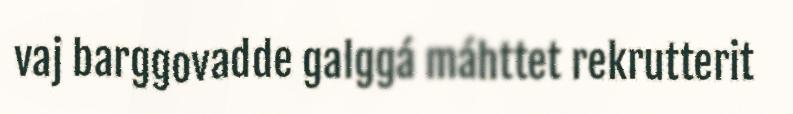
vaj barggovadde galggá máhttet rekrutterit